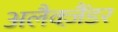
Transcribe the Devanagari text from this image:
अलैक्‍ज़ैंडर